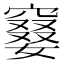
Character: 䆯